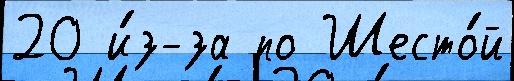
20 и́з-за по Шесто́й